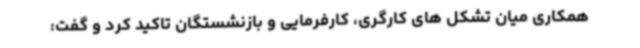
همکاری میان تشکل های کارگری، کارفرمایی و بازنشستگان تاکید کرد و گفت: